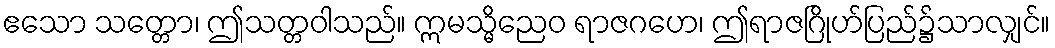
ဧသော သတ္တော၊ ဤသတ္တဝါသည်။ ဣမသ္မိညေဝ ရာဇဂဟေ၊ ဤရာဇဂြိုဟ်ပြည်၌သာလျှင်။